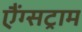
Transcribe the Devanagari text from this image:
एैंग्सट्राम